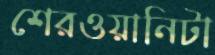
শেরওয়ানিটা